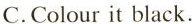
C.Colour it black.